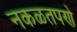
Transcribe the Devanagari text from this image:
नकळतपणे